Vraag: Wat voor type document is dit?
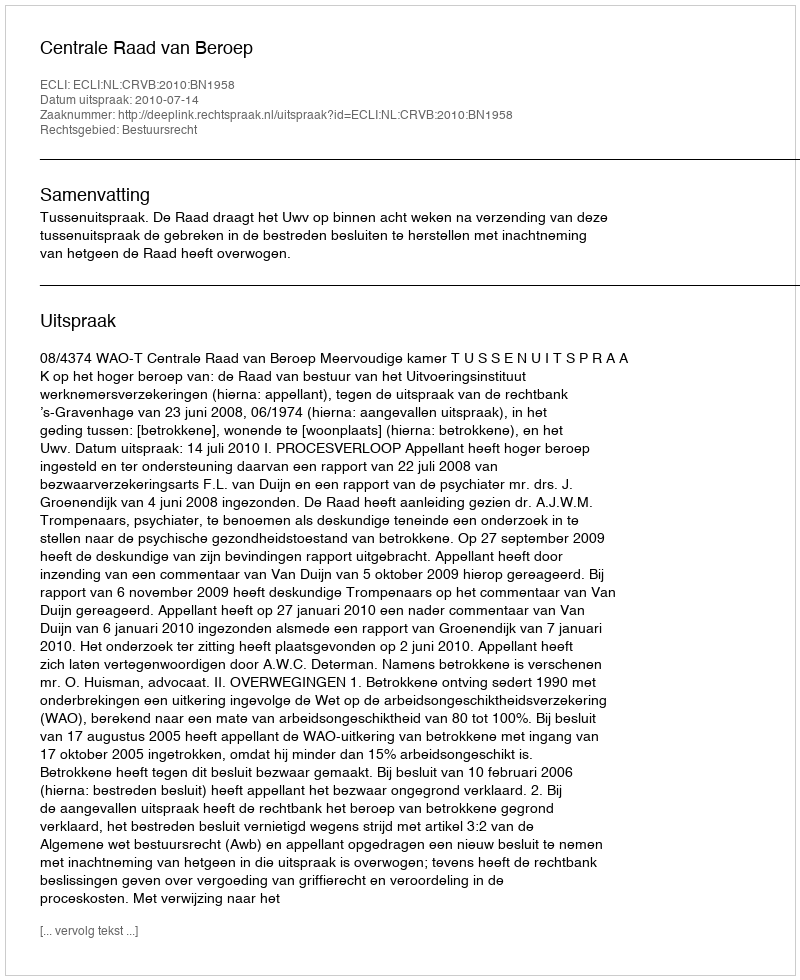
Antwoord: Uitspraak